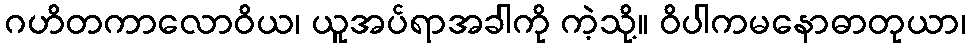
ဂဟိတကာလောဝိယ၊ ယူအပ်ရာအခါကို ကဲ့သို့။ ဝိပါကမနောဓာတုယာ၊